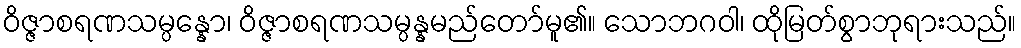
ဝိဇ္ဇာစရဏသမ္ပန္နော၊ ဝိဇ္ဇာစရဏသမ္ပန္နမည်တော်မူ၏။ သောဘဂဝါ၊ ထိုမြတ်စွာဘုရားသည်။